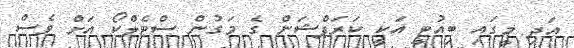
އަދި މީގައި ބިއުޓީ އަކީ ކަރަޕްޝަން ގެ މަގުން ސްޓެލްކޯ އަށް ވެސް